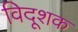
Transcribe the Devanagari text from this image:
विदूशक